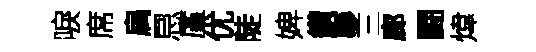
唳席扃㤙廑优陡婢鑽夣三廊闘煒